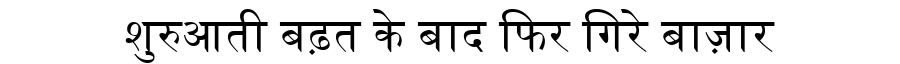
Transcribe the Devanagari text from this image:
शुरुआती बढ़त के बाद फिर गिरे बाज़ार